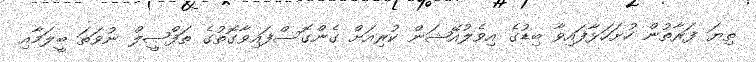
ތިޔަ ފަރާތުން ހުށަހަޅާފައިވާ ބިޑުގެ އިވެލުއޭޝަން ކުރިއަށް ގެންގޮސްފައިވާގޮތުގެ ތަފްޞީލް ނުވަތަ ބީލަމާއި